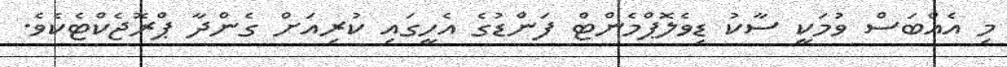
މި އެއްބަސް ވުމަކީ ސާކު ޑިވެލޮޕްމެންޓް ފަންޑުގެ އެހީގައި ކުރިއަށް ގެންދާ ޕްރޮޖެކްޓެކެވެ.